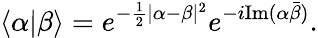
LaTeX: \langle\alpha|\beta\rangle=e^{-\frac{1}{2}|\alpha-\beta|^{2}}e^{-i\mathrm{Im}(\alpha\bar{\beta})}.